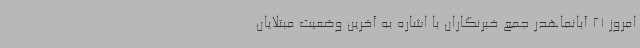
امروز 21 آبانماهدر جمع خبرنگاران با اشاره به آخرین وضعیت مبتلایان